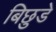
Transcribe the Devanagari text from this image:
बिछुडे